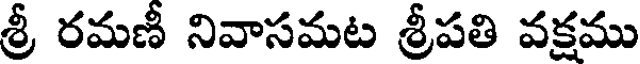
శ్రీ రమణీ నివాసమట శ్రీపతి వక్షము